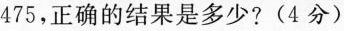
475，正确的结果是多少?(4分)